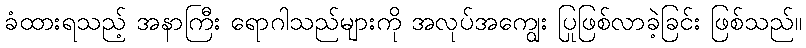
ခံထားရသည့် အနာကြီး ရောဂါသည်များကို အလုပ်အကျွေး ပြုဖြစ်လာခဲ့ခြင်း ဖြစ်သည်။